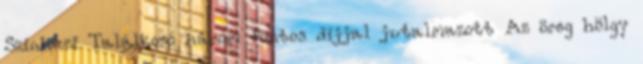
Színházi Találkozó három fontos díjjal jutalmazott Az öreg hölgy